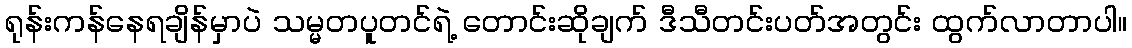
ရုန်းကန်နေရချိန်မှာပဲ သမ္မတပူတင်ရဲ့ တောင်းဆိုချက် ဒီသီတင်းပတ်အတွင်း ထွက်လာတာပါ။